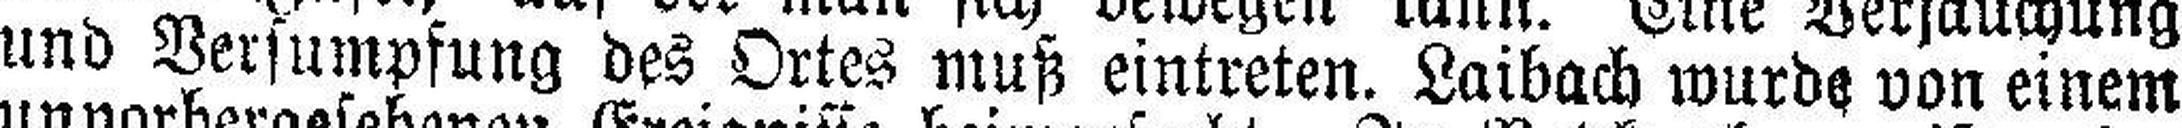
und Versumpfung des Ortes muß eintreten. Laibach wurde von einem